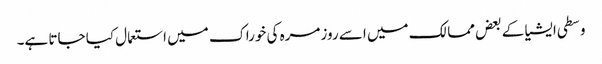
وسطی ایشیا کے بعض ممالک میں اسے روزمرہ کی خوراک میں استعمال کیا جاتا ہے۔